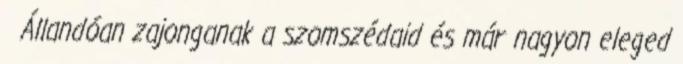
Állandóan zajonganak a szomszédaid és már nagyon eleged